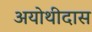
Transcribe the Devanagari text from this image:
अयोथीदास